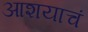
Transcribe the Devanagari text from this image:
आशयाचं